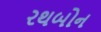
રથબોન